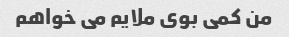
من کمی بوی ملایم می خواهم